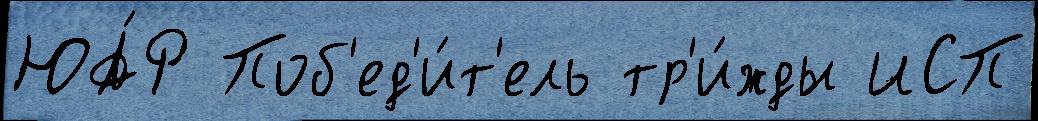
ЮА́Р Поб'ед'и́т'ель тр'и́жды ИСП